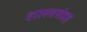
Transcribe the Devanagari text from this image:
शास्त्रसंग्रह